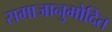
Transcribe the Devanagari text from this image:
समाजानुमोदित